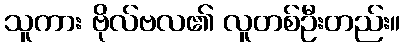
သူကား ဗိုလ်ဗလ၏ လူတစ်ဦးတည်း။